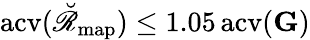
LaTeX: \mathrm{acv}(\breve{\mathscr R}_{\mathrm{map}})\leq 1.05\, \mathrm{acv}(\mathbf G)